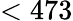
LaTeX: <473